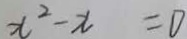
x ^ { 2 } - x = 0